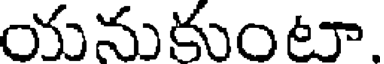
యనుకుంటా.